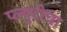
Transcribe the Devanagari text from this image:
प्ल्युटोचा